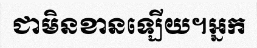
ជាមិនខានឡើយ។អ្នក